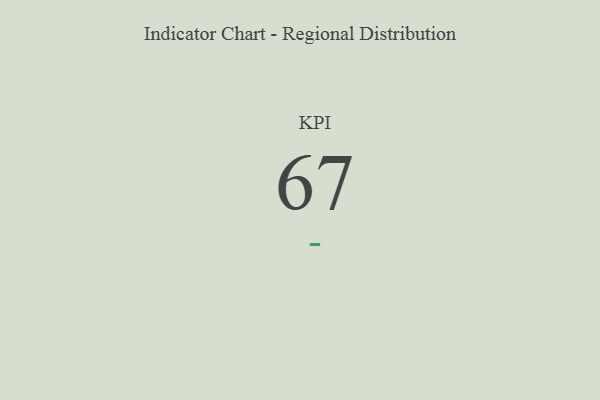
{"axis": {"x": "KPI", "y": "Value"}, "legend": [""], "data": [{"x": "KPI", "y": 67, "type": ""}]}